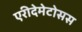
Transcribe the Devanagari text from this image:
एरीदेमेटोसस